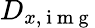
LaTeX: D_{x,\mathrm{~i~m~g~}}